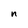
Character: n